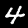
Label: 4